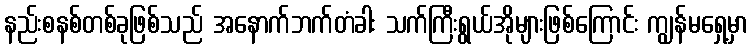
နည်းစနစ်တစ်ခုဖြစ်သည် အနောက်ဘက်တံခါး သက်ကြီးရွယ်အိုများဖြစ်ကြောင်း ကျွန်မရှေ့မှာ